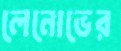
লেনোভের